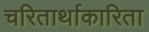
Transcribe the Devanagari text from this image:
चरितार्थाकारिता